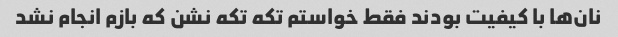
نان‌ها با کیفیت بودند فقط خواستم تکه تکه نشن که بازم انجام نشد